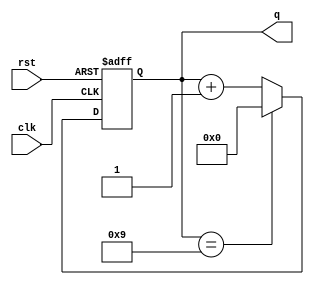
module asyncbcd (clk, rst, q); 
input clk, rst; 
output [3:0]q; 
reg [3:0]q; 
initial q = 4'b0000; 
always @ (posedge clk or posedge rst) 
begin 
if (rst == 1'b1)
q = 4'b0000; 
else if (q== 4'b1001) 
q = 4'b0000; 
else  
q=q+1; 
end 
endmodule 

module asyncbcd_tb;
wire [3:0]q;
reg rst, clk;
initial clk=1'b0;
always
#5 clk=~clk;
asyncbcd uut(clk,rst,q);
initial begin
rst=1'b0;
#15 rst=1'b0;
#30 rst=1'b0; 
#115 rst=1'b1;
#5 rst=1'b0;
#200 $finish;
end
initial
$monitor($time,"Output count= %b ",q);
endmodule